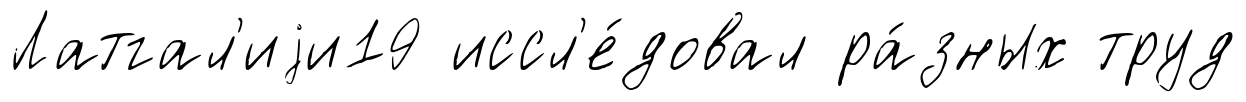
Латгал'иjи19 иссл'е́довал ра́зных труд